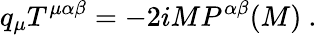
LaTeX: q_{\mu}T^{\mu\alpha\beta}=-2iMP^{\alpha\beta}(M)~.